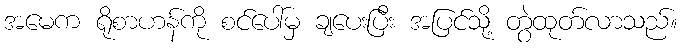
အမေက ရိုစာဟန်ကို စင်ပေါ်မှ ချပေးပြီး အပြင်သို့ တွဲထုတ်လာသည်။